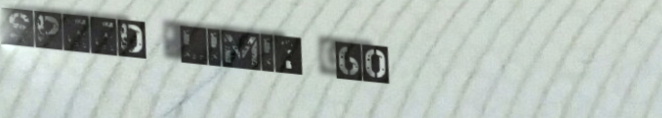
speed limit 60